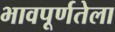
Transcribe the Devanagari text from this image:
भावपूर्णतेला